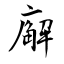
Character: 廨